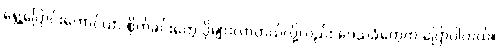
ရွှေ့ပြောင်းတောင်ယာ စိုက်ခင်းတွေ ပိုများလာတယ်လို့လည်း ဒေသခံတွေက ပြောပါတယ်။